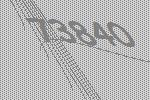
73840